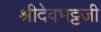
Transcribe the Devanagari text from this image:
श्रीदेवभट्टजी